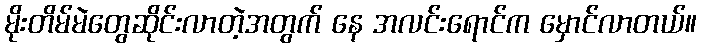
မိုးတိမ်မဲတွေဆိုင်းလာတဲ့အတွက် နေ အလင်းရောင်က မှောင်လာတယ်။